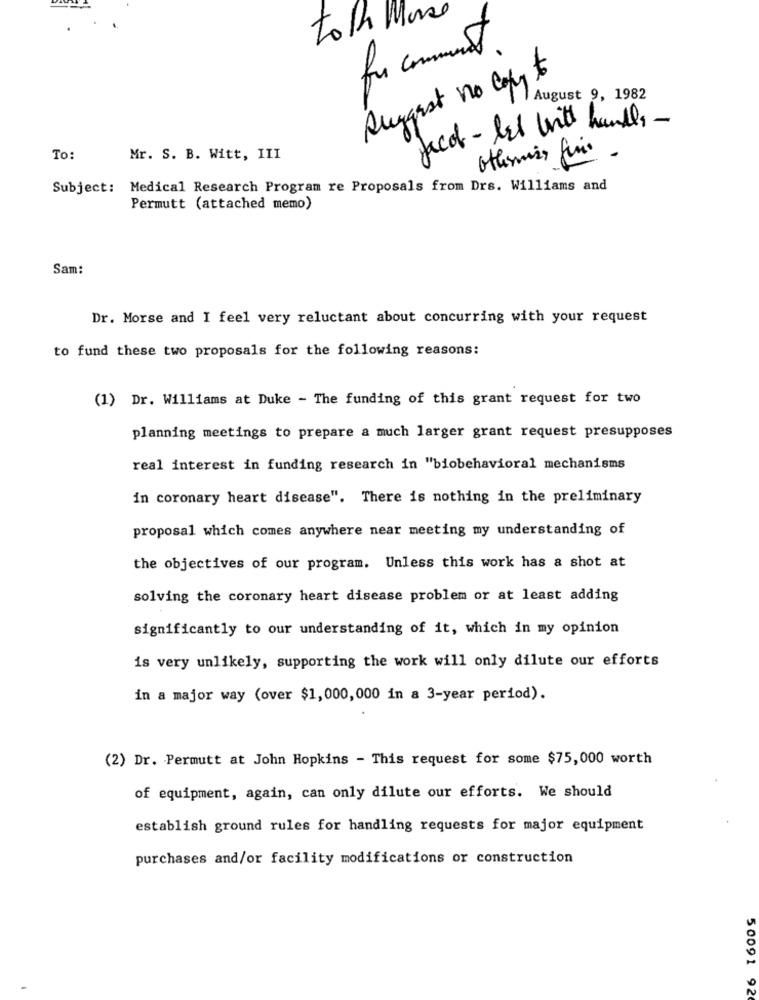
to th More
for comment .
Suggest no copy to
August 9, 1982
facol - let with hands .
To:
Mr. S. B. Witt, III
otheris funis .
Subject: Medical Research Program re Proposals from Drs. Williams and
Permutt (attached memo)
Sam:
Dr. Morse and I feel very reluctant about concurring with your request
to fund these two proposals for the following reasons:
(1) Dr. Williams at Duke - The funding of this grant request for two
planning meetings to prepare a much larger grant request presupposes
real interest in funding research in "biobehavioral mechanisms
in coronary heart disease". There is nothing in the preliminary
proposal which comes anywhere near meeting my understanding of
the objectives of our program. Unless this work has a shot at
solving the coronary heart disease problem or at least adding
significantly to our understanding of it, which in my opinion
is very unlikely, supporting the work will only dilute our efforts
in a major way (over $1,000,000 in a 3-year period).
(2) Dr. Permutt at John Hopkins - This request for some $75,000 worth
of equipment, again, can only dilute our efforts. We should
establish ground rules for handling requests for major equipment
purchases and/or facility modifications or construction
50091 92